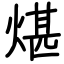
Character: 煁